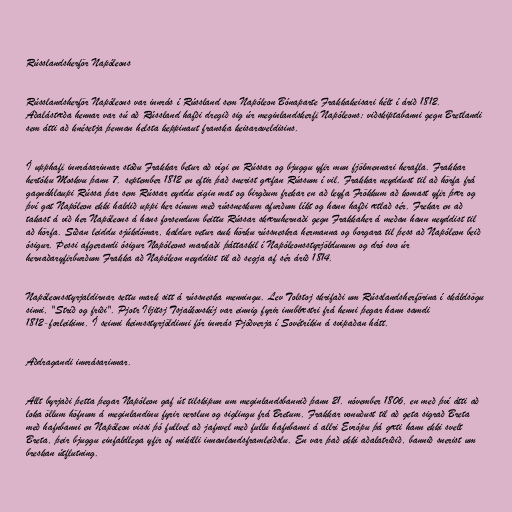
Rússlandsherför Napóleons

Rússlandsherför Napóleons var innrás í Rússland sem Napóleon Bónaparte Frakkakeisari hélt í árið 1812.
Aðalástæða hennar var sú að Rússland hafði dregið sig úr meginlandskerfi Napóleons; viðskiptabanni gegn Bretlandi
sem átti að knésetja þennan helsta keppinaut franska keisaraveldisins.

Í upphafi innrásarinnar stóðu Frakkar betur að vígi en Rússar og bjuggu yfir mun fjölmennari herafla. Frakkar
hertóku Moskvu þann 7. september 1812 en eftir það snerist gæfan Rússum í vil. Frakkar neyddust til að hörfa frá
gagnáhlaupi Rússa þar sem Rússar eyddu eigin mat og birgðum frekar en að leyfa Frökkum að komast yfir þær og
því gat Napóleon ekki haldið uppi her sínum með rússneskum afurðum líkt og hann hafði ætlað sér. Frekar en að
takast á við her Napóleons á hans forsendum beittu Rússar skæruhernaði gegn Frakkaher á meðan hann neyddist til
að hörfa. Síðan leiddu sjúkdómar, kaldur vetur auk hörku rússneskra hermanna og borgara til þess að Napóleon beið
ósigur. Þessi afgerandi ósigur Napóleons markaði þáttaskil í Napóleonsstyrjöldunum og dró svo úr
hernaðaryfirburðum Frakka að Napóleon neyddist til að segja af sér árið 1814.

Napóleonsstyrjaldirnar settu mark sitt á rússneska menningu. Lev Tolstoj skrifaði um Rússlandsherförina í skáldsögu
sinni, "Stríð og friði". Pjotr Iljitsj Tsjaíkovskíj var einnig fyrir innblæstri frá henni þegar hann samdi
1812-forleikinn. Í seinni heimsstyrjöldinni fór innrás Þjóðverja í Sovétríkin á svipaðan hátt.

Aðdragandi innrásarinnar.

Allt byrjaði þetta þegar Napóleon gaf út tilskipun um meginlandsbannið þann 21. nóvember 1806, en með því átti að
loka öllum höfnum á meginlandinu fyrir verslun og siglingu frá Bretum. Frakkar vonuðust til að geta sigrað Breta
með hafnbanni en Napóleon vissi þó fullvel að jafnvel með fullu hafnbanni á allri Evrópu þá gæti hann ekki svelt
Breta, þeir bjuggu einfaldlega yfir of mikilli innanlandsframleiðslu. En var það ekki aðalatriðið, bannið snerist um
breskan útflutning.